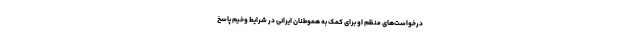
درخواست‌های منظم او برای کمک به هموطنان ایرانی در شرایط وخیم پاسخ